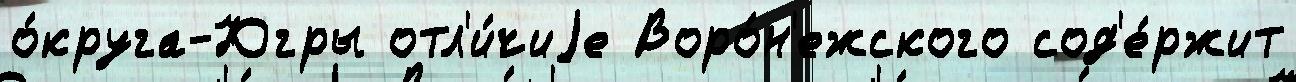
о́круга-Югры отл'и́чиjе Воро́н'ежского сод'е́ржит